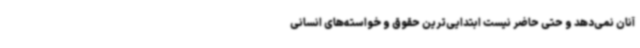
آنان نمی‌دهد و حتی حاضر نیست ابتدایی‌ترین حقوق و خواسته‌های انسانی